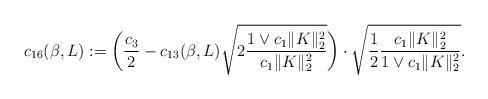
LaTeX: \begin{align*} c_{16}(\beta,L) := \biggl( \frac{c_3}{2} -c_{13}(\beta,L) \sqrt{2 \frac{1 \vee c_1 \Vert K \Vert_2^2}{c_1 \Vert K\Vert_2^2}} \biggr) \cdot\sqrt{\frac{1}{2} \frac{c_1 \Vert K \Vert_2^2}{1 \vee c_1\Vert K \Vert_2^2}}.\end{align*}